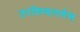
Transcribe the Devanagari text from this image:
ठरविण्यापर्यन्त